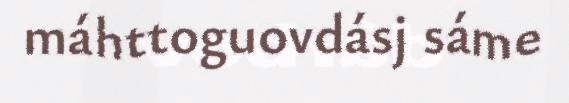
máhttoguovdásj sáme